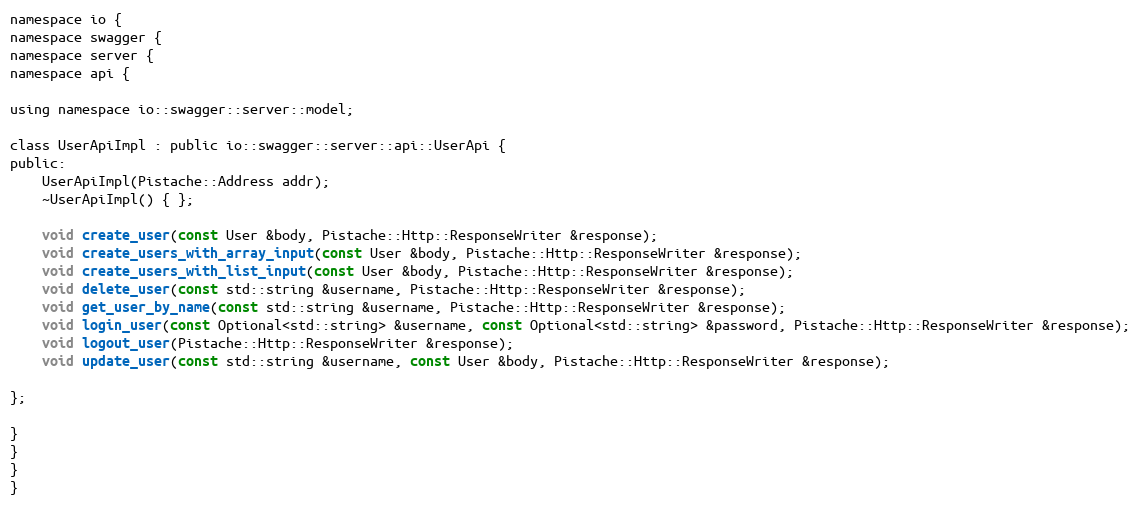
Language: C
namespace io {
namespace swagger {
namespace server {
namespace api {

using namespace io::swagger::server::model;

class UserApiImpl : public io::swagger::server::api::UserApi {
public:
    UserApiImpl(Pistache::Address addr);
    ~UserApiImpl() { };

    void create_user(const User &body, Pistache::Http::ResponseWriter &response);
    void create_users_with_array_input(const User &body, Pistache::Http::ResponseWriter &response);
    void create_users_with_list_input(const User &body, Pistache::Http::ResponseWriter &response);
    void delete_user(const std::string &username, Pistache::Http::ResponseWriter &response);
    void get_user_by_name(const std::string &username, Pistache::Http::ResponseWriter &response);
    void login_user(const Optional<std::string> &username, const Optional<std::string> &password, Pistache::Http::ResponseWriter &response);
    void logout_user(Pistache::Http::ResponseWriter &response);
    void update_user(const std::string &username, const User &body, Pistache::Http::ResponseWriter &response);

};

}
}
}
}